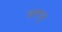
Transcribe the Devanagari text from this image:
चतरपुर